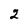
Character: 2